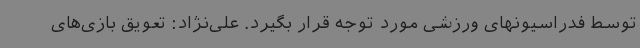
توسط فدراسیونهای ورزشی مورد توجه قرار بگیرد. علی‌نژاد: تعویق بازی‌های